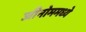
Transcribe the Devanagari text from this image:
जीनोममध्ये